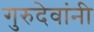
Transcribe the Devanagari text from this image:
गुरुदेवांनी